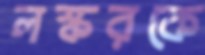
লস্করকে